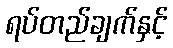
ရပ်တည်ချက်နှင့်